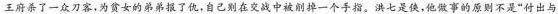
王府杀了一众刀客，为贫女的弟弟报了仇，自己别在交战中被削掉一个手指。洪七是使，他做事的原则不是”付出与